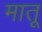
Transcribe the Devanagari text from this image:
मातू